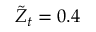
\Tilde { Z } _ { t } = 0 . 4